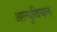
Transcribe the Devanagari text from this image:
अल्युवियल